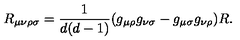
R _ { \mu \nu \rho \sigma } = \frac { 1 } { d ( d - 1 ) } ( g _ { \mu \rho } g _ { \nu \sigma } - g _ { \mu \sigma } g _ { \nu \rho } ) R .